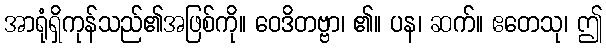
အာရုံရှိကုန်သည်၏အဖြစ်ကို။ ဝေဒိတဗ္ဗာ၊ ၏။ ပန၊ ဆက်။ ဧတေသု၊ ဤ